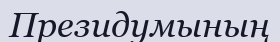
Президумының